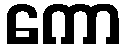
ကော